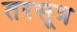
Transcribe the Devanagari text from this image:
तरसूत्र